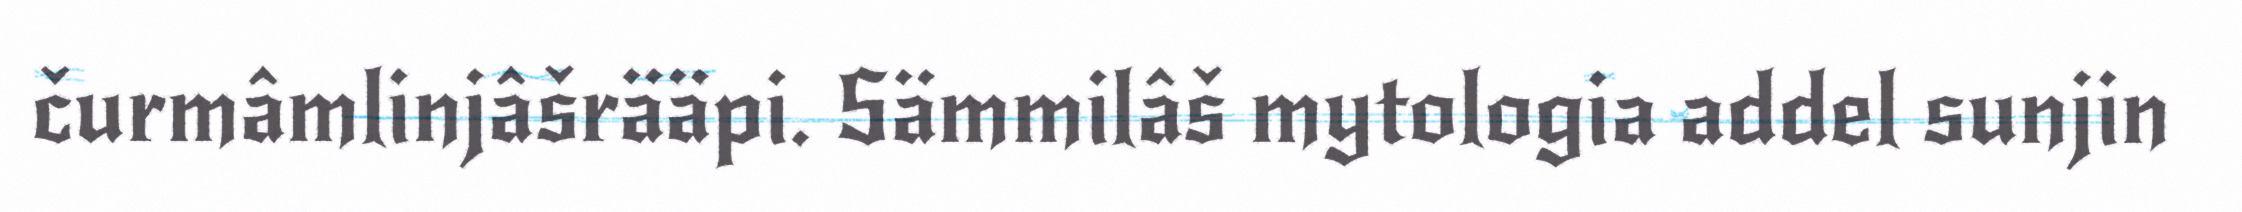
čurmâmlinjâšrääpi. Sämmilâš mytologia addel sunjin